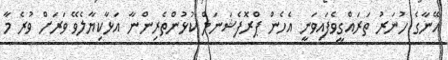
އޭނާގެ ހުނަރު ތަރައްގީވެފައިވަނީ އެހެން ޕްރޮފެޝަނަލް ކުޅުންތެރިންނާ އަޅާކިޔާލެވޭ ވަރަށް ވުރެ މާ